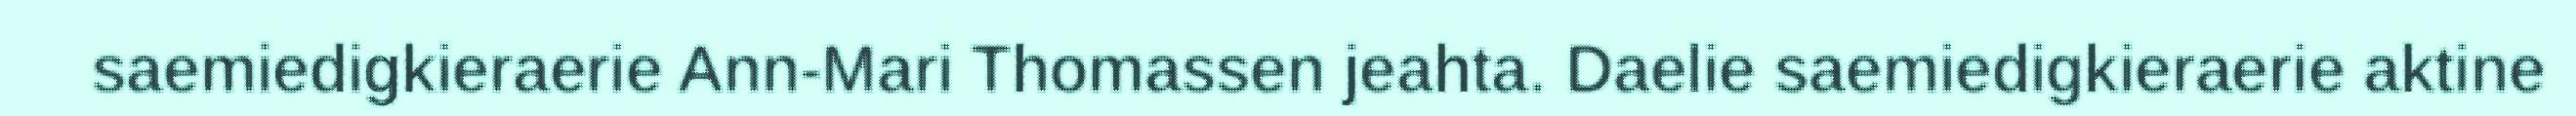
saemiedigkieraerie Ann-Mari Thomassen jeahta. Daelie saemiedigkieraerie aktine